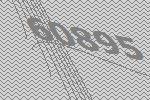
60895